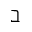
\beth